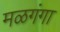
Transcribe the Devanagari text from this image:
मळगंगा